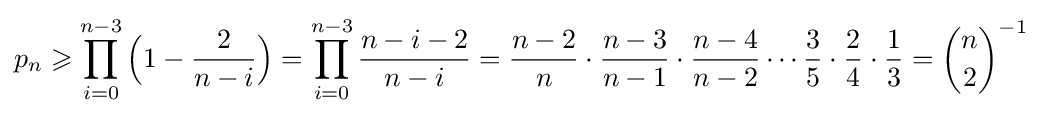
p_{n}\geqslant \prod _{i=0}^{n-3}{\Bigl (}1-{\frac {2}{n-i}}{\Bigr )}=\prod _{i=0}^{n-3}{\frac {n-i-2}{n-i}}={\frac {n-2}{n}}\cdot {\frac {n-3}{n-1}}\cdot {\frac {n-4}{n-2}}\cdots {\frac {3}{5}}\cdot {\frac {2}{4}}\cdot {\frac {1}{3}}={\binom {n}{2}}^{-1}